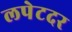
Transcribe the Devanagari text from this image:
लपेटदर